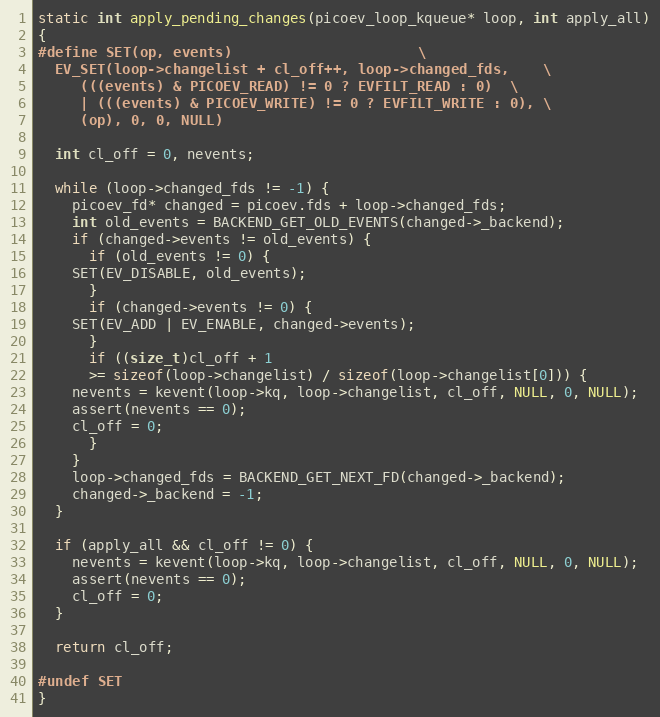
Language: C
static int apply_pending_changes(picoev_loop_kqueue* loop, int apply_all)
{
#define SET(op, events)						\
  EV_SET(loop->changelist + cl_off++, loop->changed_fds,	\
	 (((events) & PICOEV_READ) != 0 ? EVFILT_READ : 0)	\
	 | (((events) & PICOEV_WRITE) != 0 ? EVFILT_WRITE : 0), \
	 (op), 0, 0, NULL)

  int cl_off = 0, nevents;

  while (loop->changed_fds != -1) {
    picoev_fd* changed = picoev.fds + loop->changed_fds;
    int old_events = BACKEND_GET_OLD_EVENTS(changed->_backend);
    if (changed->events != old_events) {
      if (old_events != 0) {
	SET(EV_DISABLE, old_events);
      }
      if (changed->events != 0) {
	SET(EV_ADD | EV_ENABLE, changed->events);
      }
      if ((size_t)cl_off + 1
	  >= sizeof(loop->changelist) / sizeof(loop->changelist[0])) {
	nevents = kevent(loop->kq, loop->changelist, cl_off, NULL, 0, NULL);
	assert(nevents == 0);
	cl_off = 0;
      }
    }
    loop->changed_fds = BACKEND_GET_NEXT_FD(changed->_backend);
    changed->_backend = -1;
  }

  if (apply_all && cl_off != 0) {
    nevents = kevent(loop->kq, loop->changelist, cl_off, NULL, 0, NULL);
    assert(nevents == 0);
    cl_off = 0;
  }

  return cl_off;

#undef SET
}